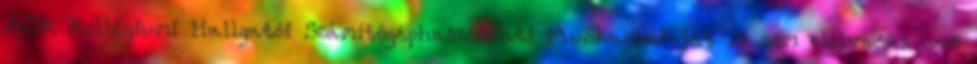
ÁOK Kollégiumi Hallgatói Számítógéphasználati Munkarend-jét A nem elolvasás nem